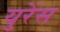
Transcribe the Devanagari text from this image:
युरेंस